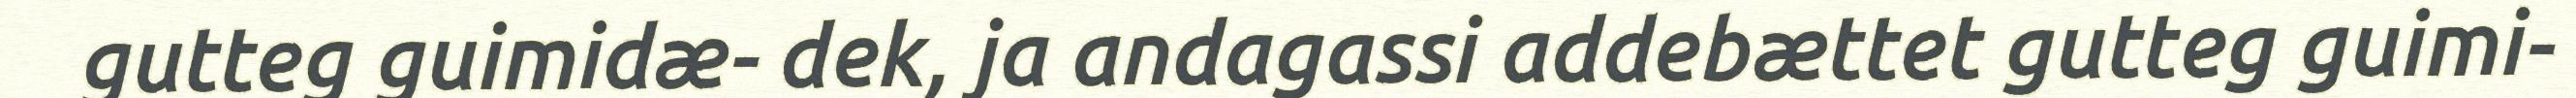
gutteg guimidæ- dek, ja andagassi addebættet gutteg guimi-